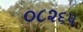
૦૮૨૬૫